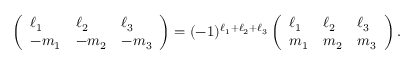
\left( \begin{array} { l l l } { \ell _ { 1 } } & { \ell _ { 2 } } & { \ell _ { 3 } } \\ { - m _ { 1 } } & { - m _ { 2 } } & { - m _ { 3 } } \end{array} \right) = ( - 1 ) ^ { \ell _ { 1 } + \ell _ { 2 } + \ell _ { 3 } } \left( \begin{array} { l l l } { \ell _ { 1 } } & { \ell _ { 2 } } & { \ell _ { 3 } } \\ { m _ { 1 } } & { m _ { 2 } } & { m _ { 3 } } \end{array} \right) .